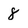
Character: 8